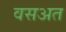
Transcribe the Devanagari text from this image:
वसअत